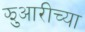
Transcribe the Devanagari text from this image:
झुआरीच्या